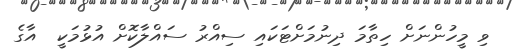
ވި މީހުންނަށް ހިތާމަ ދިނުމަށްޓަކައި ސިއްރު ސައްލާކޮށް އުޅުމަކީ  އާގެ